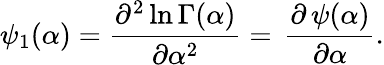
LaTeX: \psi_{1}(\alpha)={\frac{\partial^{2}\ln\Gamma(\alpha)}{\partial\alpha^{2}}}=\, {\frac{\partial\, \psi(\alpha)}{\partial\alpha}}.